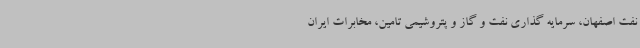
نفت اصفهان، سرمایه‌ گذاری نفت و گاز و پتروشیمی تامین، مخابرات ایران